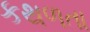
કથળતા